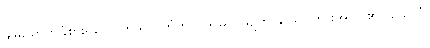
ချမ်းသာကိုခံစားရသောကုသိုလ်ကံကို။ အာမသုယျတိ၊ ဩော်ကြားအပ်ပါ၏။ ယေသံ၊